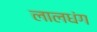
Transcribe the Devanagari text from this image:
लालधंग